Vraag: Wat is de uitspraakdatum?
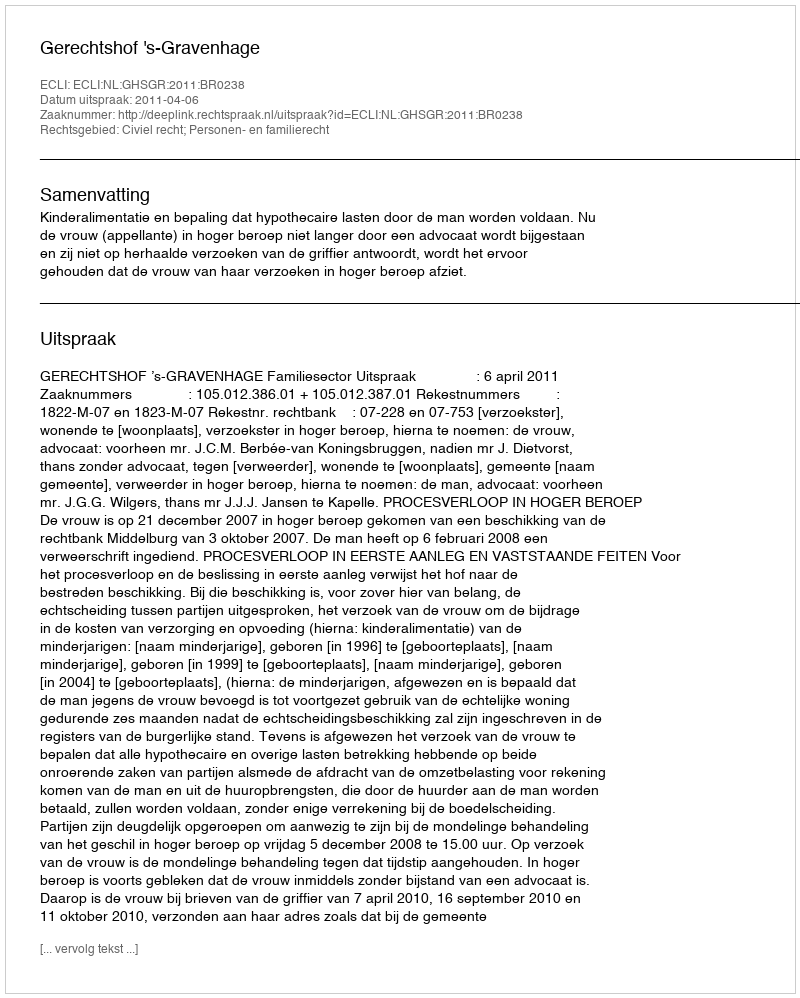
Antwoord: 2011-04-06